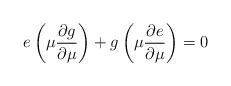
LaTeX: \begin{align*}e \left( \mu {\partial g \over \partial \mu} \right) + g \left( \mu {\partial e \over \partial \mu} \right) = 0\end{align*}